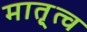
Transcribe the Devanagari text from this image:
मातृ्त्व